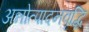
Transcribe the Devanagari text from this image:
अन्नोत्पादनवृद्धि